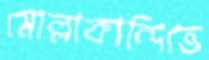
মোল্লাকান্দিতে